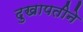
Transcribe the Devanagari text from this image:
दुखापतीने